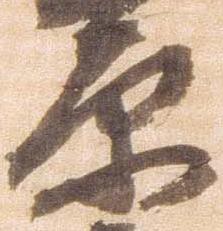
原